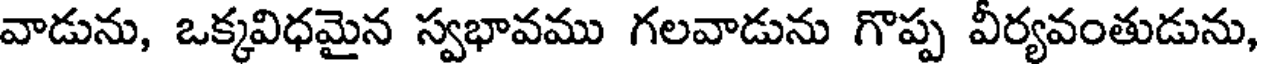
వాడును, ఒక్కవిధమైన స్వభావము గలవాడును గొప్ప వీర్యవంతుడును,